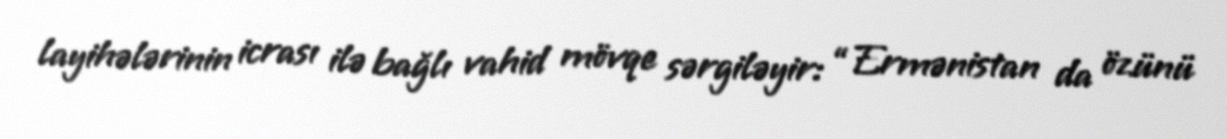
layihələrinin icrası ilə bağlı vahid mövqe sərgiləyir: “Ermənistan da özünü